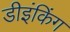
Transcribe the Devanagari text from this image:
डीइंकिंग